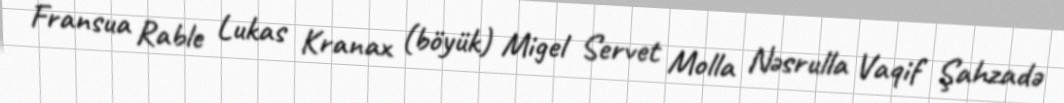
Fransua Rable Lukas Kranax (böyük) Migel Servet Molla Nəsrulla Vaqif Şahzadə